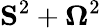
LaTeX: {\mathbf S}^{2}+{\mathbf\Omega}^{2}